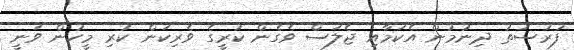
ފުރުސަތު ދިނުމުން އެކަމާއި ޖެލަސް ވެގެން ކުރީގެ ވެރިކަން ކުރި މީހުން ވަނީ